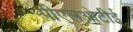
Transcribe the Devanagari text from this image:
पीएलओटीई